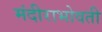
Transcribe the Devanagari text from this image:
मंदीराभोवती